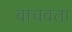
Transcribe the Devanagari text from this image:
वाचवता